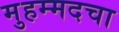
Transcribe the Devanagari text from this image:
मुहम्मदचा